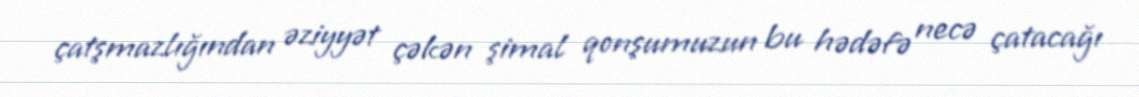
çatşmazlığından əziyyət çəkən şimal qonşumuzun bu hədəfə necə çatacağı